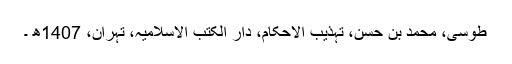
طوسی، محمد بن حسن، تہذیب الاحکام، دار الکتب الاسلامیہ، تہران، 1407ھ ۔